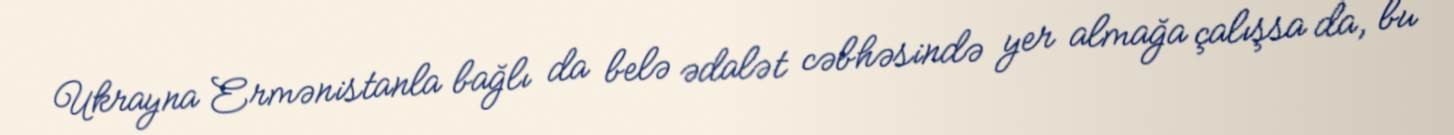
Ukrayna Ermənistanla bağlı da belə ədalət cəbhəsində yer almağa çalışsa da, bu